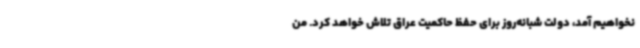
نخواهیم آمد، دولت شبانه‌روز برای حفظ حاکمیت عراق تلاش خواهد کرد. من